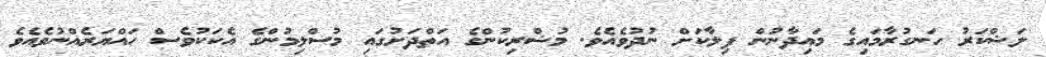
ލަޝްކަރު ހަނގުރާމައިގެ މައިދާނުން ފިލާކަށް ނުދުވެއެވެ. މުޝްރިކުންގެ އަތްދަށުގައި މުސްލިމުންގެ އެކަކުވެސް ހައްޔަރެއްނުވެއެވެ